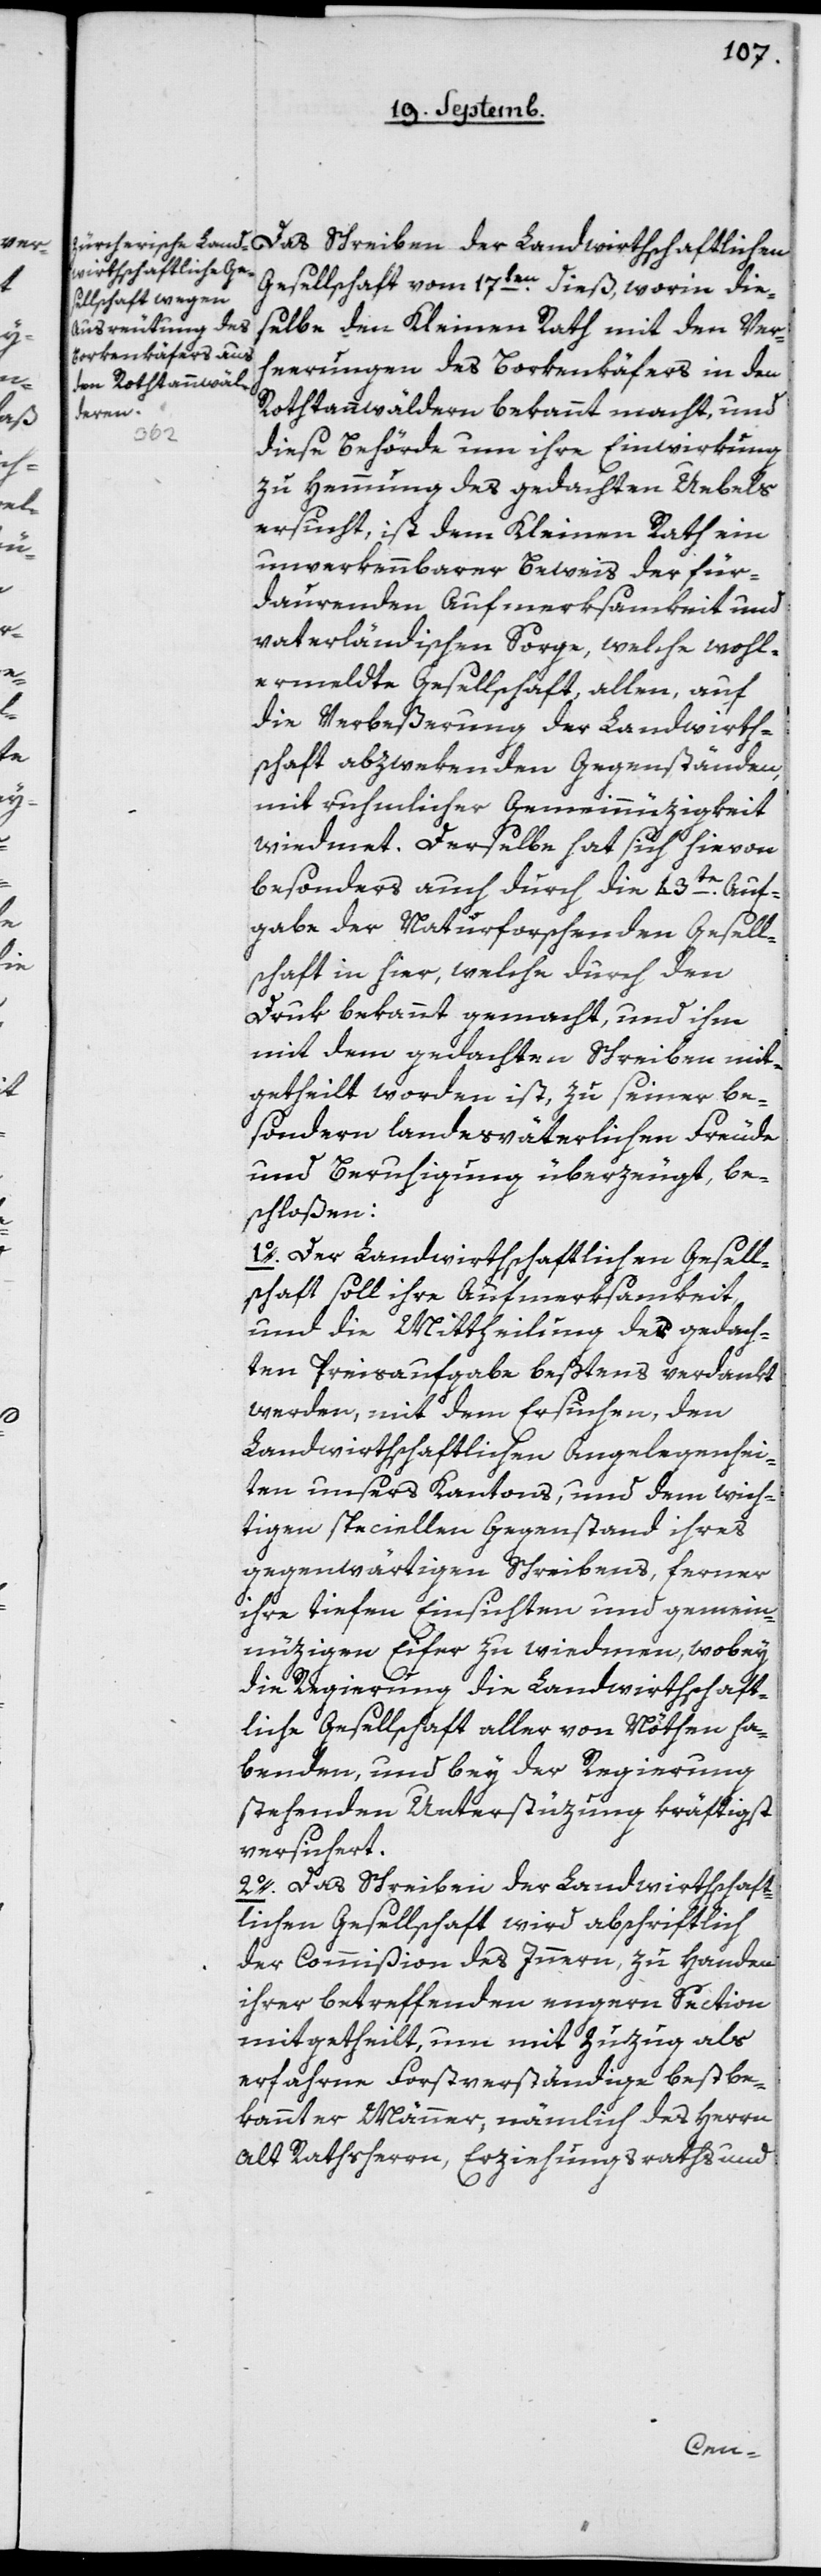
Gesellschaft vom 17ten dieß, worin die¬
selbe den Kleinen Rath mit den Ver¬
heerungen des Borkenkäfers in den
Rothtannwäldern bekannt macht, und
diese Behörde um ihre Einwirkung
zu Hemmung des gedachten Übels
ersucht, ist dem Kleinen Rath ein
unverkennbarer Beweis der für¬
daurenden Aufmerksamkeit und
vaterländischen Sorge, welche wohl¬
vermeldte Gesellschaft, allen, auf
die Verbeßerung der Landwirt¬
schaft abzwekenden Gegenständen,
mit ruhmlicher Gemeinnüzigkeit
widmet. Derselbe hat sich hievon
besonders auch durch die 43te Auf¬
gabe der Naturforschenden Gesell¬
schaft in hier, welche durch den
Druk bekannt gemacht, und ihm
mit dem gedachten Schreiben mit¬
geteilt worden ist, zu seiner be¬
sondern landesväterlichen Freude
und Beruhigung überzeugt, be¬
schloßen:
1o Der Landwirtschaftlichen Gesell¬
schaft soll ihre Aufmerksamkeit,
und die Mittheilung der gedach¬
ten Preisaufgabe bestens verdankt
werden, mit dem Ersuchen, den
landwirtschaftlichen Angelegenhei¬
ten unsers Kantons, und dem wich¬
tigen speciellen Gegenstand ihres
gegenwärtigen Schreibens, ferner
ihre tiefen Einsichten und gemein¬
nüzigen Eifer zu wiedmen, wobey
die Regierung die Landwirtschaft¬
liche Gesellschaft aller von Nöthen ha¬
benden, und bey der Regierung
stehenden Unterstüzung kräftigst
versichert.
2o Das Schreiben der Landwirtschaft¬
lichen Gesellschaft wird abschriftlich
der Commißion des Innern, zu Handen
ihrer betreffenden engern Section
mitgetheilt, um mit Zuzug als
erfahrne Forstverständige bestbe¬
kannter Männer, nämlich des Herrn
alt Rathsherrn, Erziehungsraths und
lichen